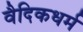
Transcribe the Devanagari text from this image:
वैदिकधर्म